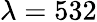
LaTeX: \lambda=532